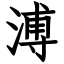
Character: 溥